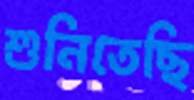
শুনিতেছি